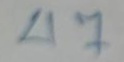
47